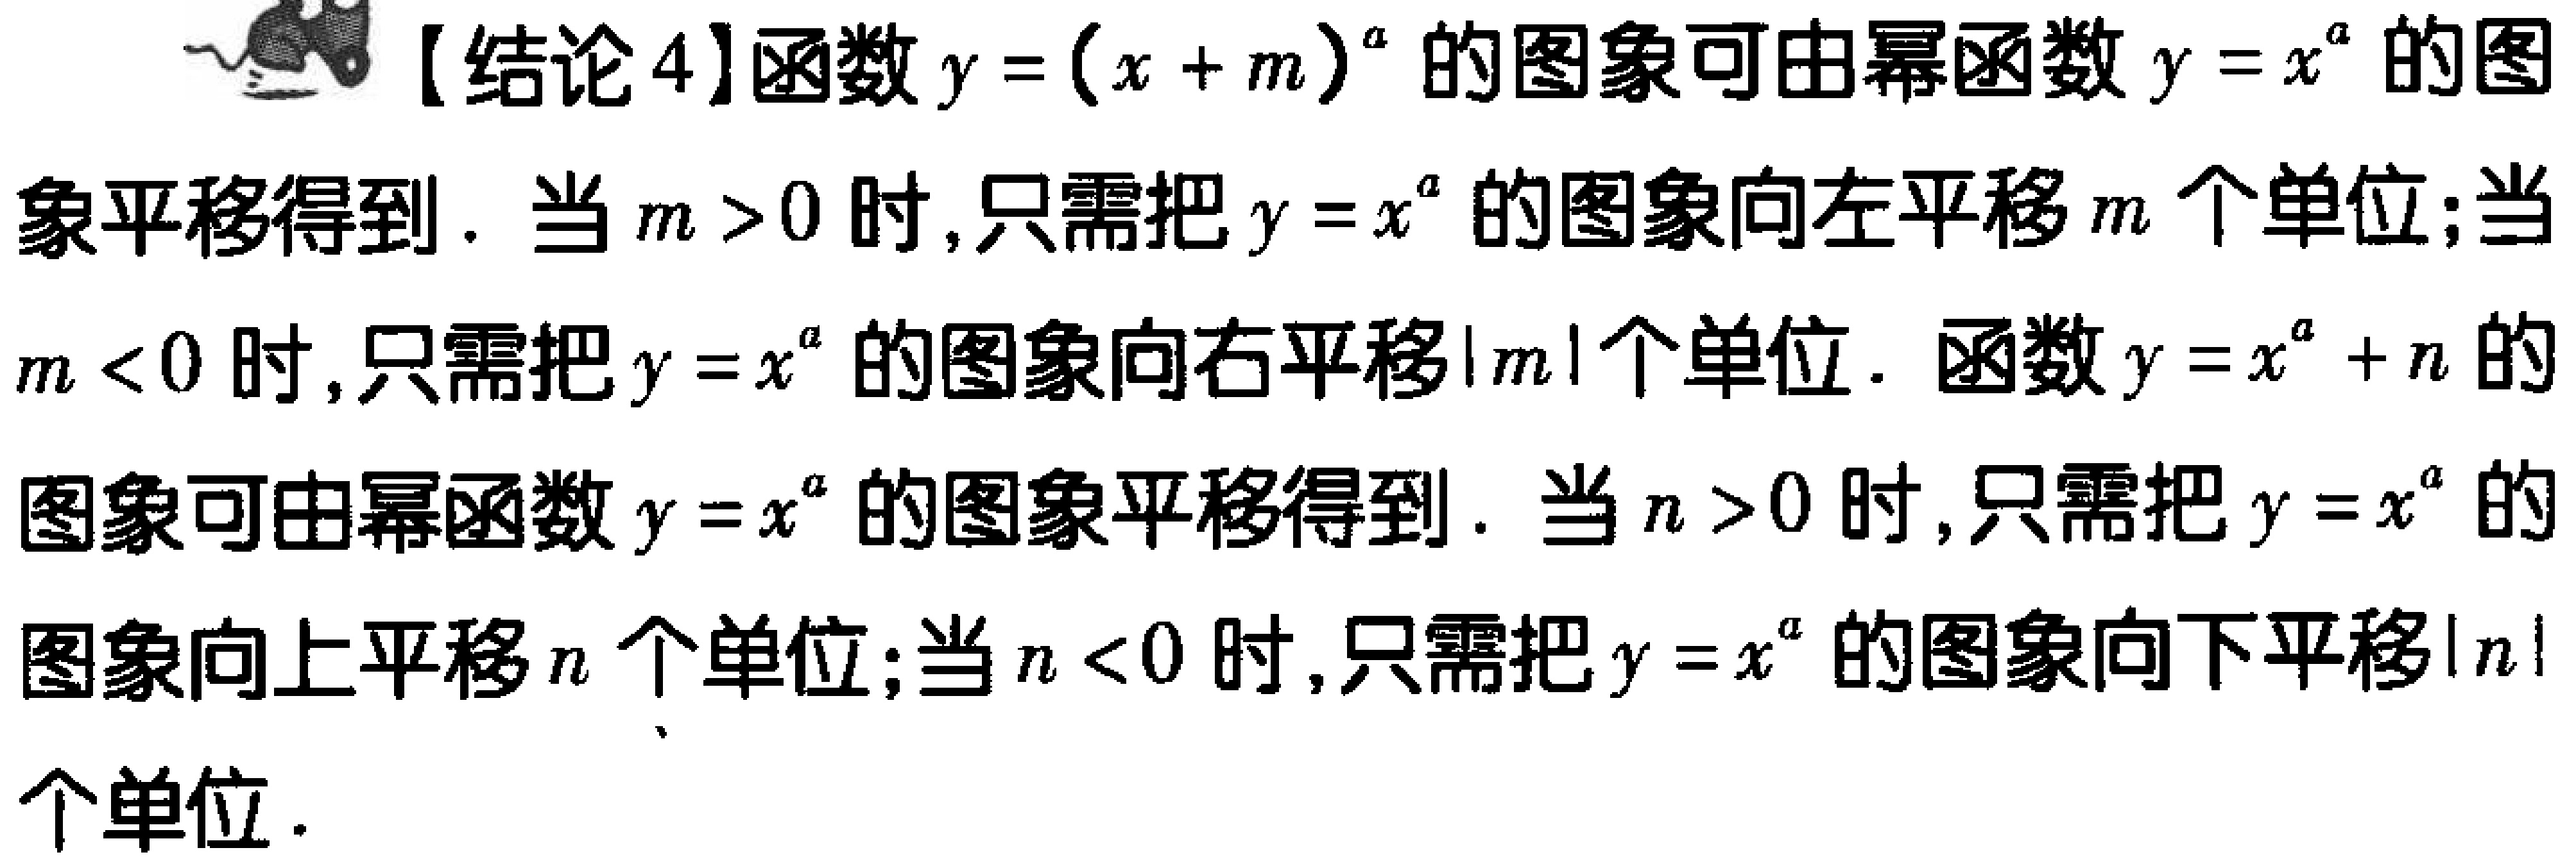
【结论4】函数\(y=(x + m)^{a}\)的图象可由幂函数\(y = x^{a}\)的图象平移得到．当\(m>0\)时，只需把\(y = x^{a}\)的图象向左平移\(m\)个单位；当\(m<0\)时，只需把\(y = x^{a}\)的图象向右平移\(\vert m\vert\)个单位．函数\(y = x^{a}+n\)的图象可由幂函数\(y = x^{a}\)的图象平移得到．当\(n>0\)时，只需把\(y = x^{a}\)的图象向上平移\(n\)个单位；当\(n<0\)时，只需把\(y = x^{a}\)的图象向下平移\(\vert n\vert\)个单位．